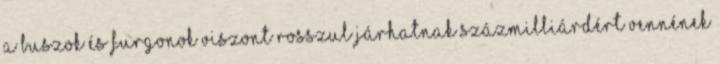
a buszok és furgonok viszont rosszul járhatnak Százmilliárdért vennének